Vaccine operations Central Provinces & Berar 1912-1920 - 1912-1920
Year: 1912
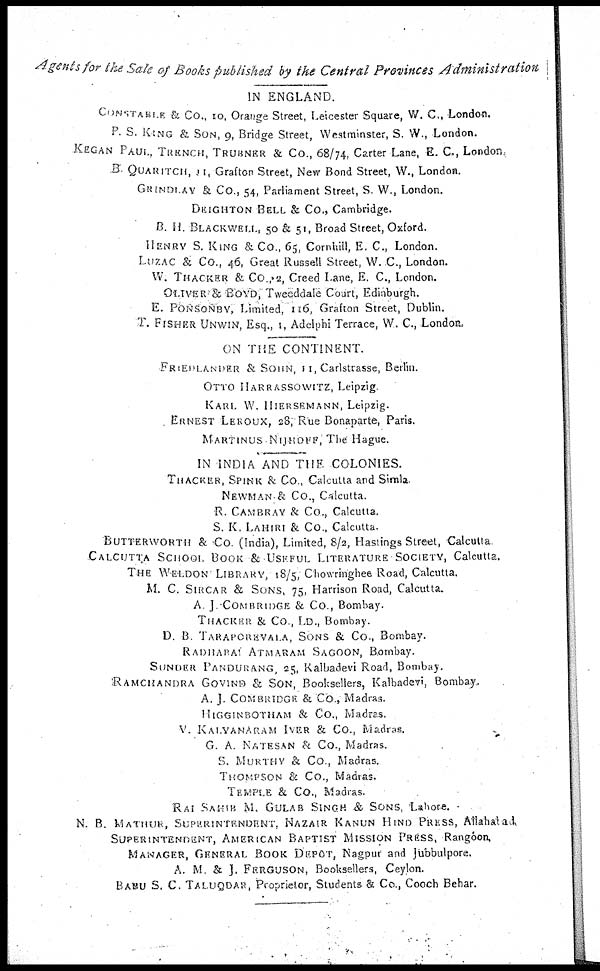
Agents for the Sale of Books published by the Central Provinces Administration
IN ENGLAND.
CONSTABLE & Co., 10, Orange Street, Leicester Square, W. C., London.
P. S. KING & SON, 9, Bridge Street, Westminster, S. W., London.
KEGAN PAUL, TRENCH, TRUBNER & Co., 68/74, Carter Lane, E. C., London
B. QUARITCH, 11, Grafton Street, New Bond Street, W., London.
GRINDLAY & Co., 54, Parliament Street, S. W., London.
DEIGHTON BELL & Co., Cambridge.
B. H. BLACKWELL, 50 & 51, Broad Street, Oxford.
HENRY S. KING & Co., 65, Cornhill, E. C., London.
LUZAC & CO., 46, Great Russell Street, W. C., London.
W. THACKER & Co.,12, Creed Lane, E. C., London.
OLIVER & BOYD, Tweeddale Court, Edinburgh.
E. PONSONBY, Limited, 116, Grafton Street, Dublin.
T. FISHER UNWIN, Esq., 1, Adelphi Terrace, W. C., London.
ON THE CONTINENT.
FRIEDLANDER
& SOHN, 11, Carlstrasse, Berlin.
OTTO HARRASSOWITZ, Leipzig.
KARL W. HIERSEMANN, Leipzig.
ERNEST LEROUX, 28, Rue Bonaparte, Paris.
MARTINUS NIJHOFF, The Hague.
IN INDIA AND THE COLONIES.
THACKER, SPINK & Co., Calcutta and Simla.
NEWMAN & Co., Calcutta.
R. CAMBRAY & Co., Calcutta.
S. K. LAHIRI & Co., Calcutta.
BUTTERWORTH & Co. (India), Limited, 8/2, Hastings Street, Calcutta.
CALCUTTA SCHOOL BOOK & USEFUL LITERATURE SOCIETY, Calcutta.
THE WELDON LIBRARY, 18/5, Chowringhee Road, Calcutta.
M. C. SIRCAR & SONS, 75, Harrison Road, Calcutta.
A. J. COMBRIDGE & Co., Bombay.
THACKER & Co., LD., Bombay.
D. B. TARAPOREVALA, SONS & Co., Bombay.
RADHABAI ATMARAM SAGOON, Bombay.
SUNDER PANDURANG, 25, Kalbadevi Road, Bombay.
RAMCHANDRA GOVIND & SON, Booksellers, Kalbadevi, Bombay..
A. J. COM BRIDGE & Co., Madras.
HIGGINBOTHAM & Co., Madras.
V. KALYANARAM IYER & Co., Madras.
G. A. NATESAN & Co., Madras.
S. MURTHV & Co., Madras.
THOMPSON & Co., Madras.
TEMPLE & Co., Madras.
RAI SAHIB M. GULAB SINGH & SONS, Lahore.
N. B. MATHUR, SUPERINTENDENT, NAZAIR KANUN HIND PRESS, Allahalad,
SUPERINTENDENT, AMERICAN BAPTIST MISSION PRESS, Rangoon,
MANAGER, GENERAL BOOK DEPÔT, Nagpur and Jubbulpore.
A. M. & J. FERGUSON, Booksellers, Ceylon.
BABU S. C. TALUQDAR, Proprietor, Students & Co., Cooch Behar.